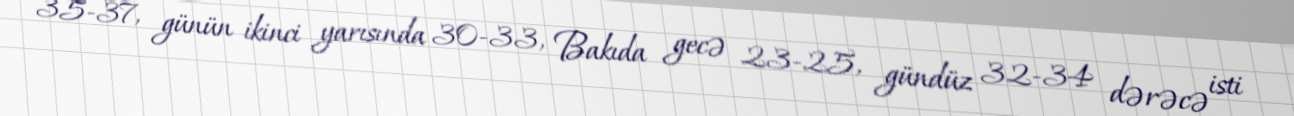
35-37, günün ikinci yarısında 30-33, Bakıda gecə 23-25, gündüz 32-34 dərəcə isti